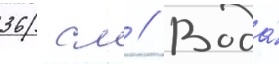
36 см // Вода́